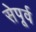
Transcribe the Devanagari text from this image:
सेपूर्व